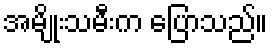
အမျိုးသမီးက ပြောသည်။